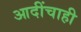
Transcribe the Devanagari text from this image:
आदींचाही